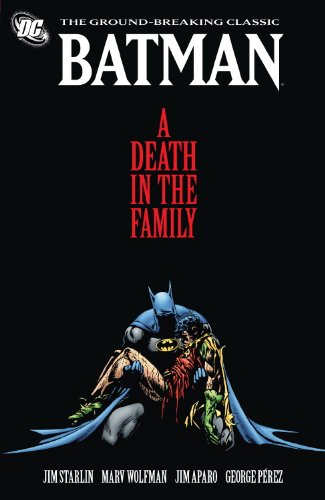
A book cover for Batman: A Death in the Family; Jim Starlin; Comics & Graphic Novels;